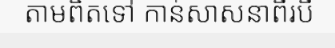
តាមពិតទៅ កាន់សាសនាពីរបី